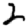
Digit: 2